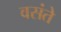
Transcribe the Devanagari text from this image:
वसंते